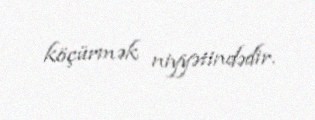
köçürmək niyyətindədir.